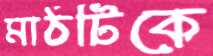
মাঠটিকে